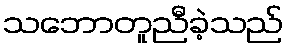
သဘောတူညီခဲ့သည်